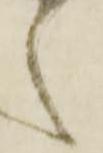
之